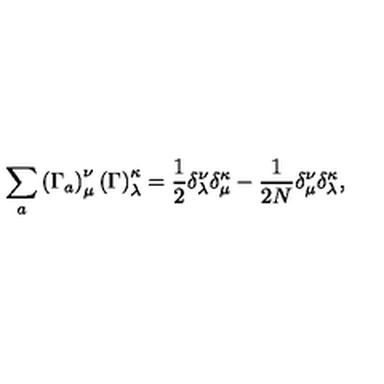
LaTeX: \sum _ { a } \left( \Gamma _ { a } \right) _ { \mu } ^ { \nu } \left( \Gamma \right) _ { \lambda } ^ { \kappa } = \frac { 1 } { 2 } \delta _ { \lambda } ^ { \nu } \delta _ { \mu } ^ { \kappa } - \frac { 1 } { 2 N } \delta _ { \mu } ^ { \nu } \delta _ { \lambda } ^ { \kappa } ,